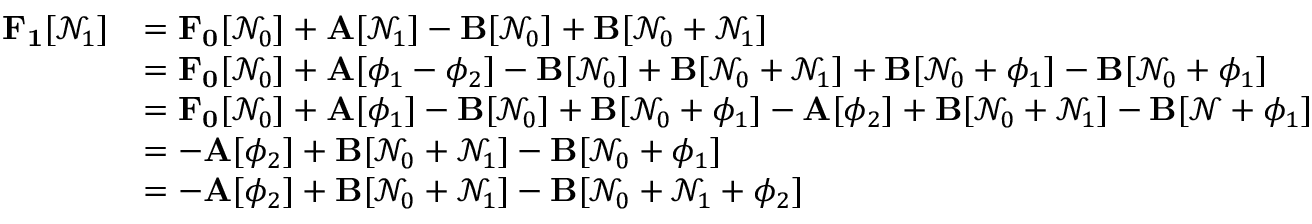
\begin{array} { r l } { \mathbf { F _ { 1 } } [ \mathcal { N } _ { 1 } ] } & { = \mathbf { F _ { 0 } } [ \mathcal { N } _ { 0 } ] + \mathbf { A } [ \mathcal { N } _ { 1 } ] - \mathbf { B } [ \mathcal { N } _ { 0 } ] + \mathbf { B } [ \mathcal { N } _ { 0 } + \mathcal { N } _ { 1 } ] } \\ & { = \mathbf { F _ { 0 } } [ \mathcal { N } _ { 0 } ] + \mathbf { A } [ \phi _ { 1 } - \phi _ { 2 } ] - \mathbf { B } [ \mathcal { N } _ { 0 } ] + \mathbf { B } [ \mathcal { N } _ { 0 } + \mathcal { N } _ { 1 } ] + \mathbf { B } [ \mathcal { N } _ { 0 } + \phi _ { 1 } ] - \mathbf { B } [ \mathcal { N } _ { 0 } + \phi _ { 1 } ] } \\ & { = \mathbf { F _ { 0 } } [ \mathcal { N } _ { 0 } ] + \mathbf { A } [ \phi _ { 1 } ] - \mathbf { B } [ \mathcal { N } _ { 0 } ] + \mathbf { B } [ \mathcal { N } _ { 0 } + \phi _ { 1 } ] - \mathbf { A } [ \phi _ { 2 } ] + \mathbf { B } [ \mathcal { N } _ { 0 } + \mathcal { N } _ { 1 } ] - \mathbf { B } [ \mathcal { N } + \phi _ { 1 } ] } \\ & { = - \mathbf { A } [ \phi _ { 2 } ] + \mathbf { B } [ \mathcal { N } _ { 0 } + \mathcal { N } _ { 1 } ] - \mathbf { B } [ \mathcal { N } _ { 0 } + \phi _ { 1 } ] } \\ & { = - \mathbf { A } [ \phi _ { 2 } ] + \mathbf { B } [ \mathcal { N } _ { 0 } + \mathcal { N } _ { 1 } ] - \mathbf { B } [ \mathcal { N } _ { 0 } + \mathcal { N } _ { 1 } + \phi _ { 2 } ] } \end{array}